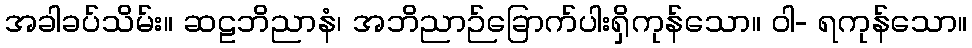
အခါခပ်သိမ်း။ ဆဠဘိညာနံ၊ အဘိညာဉ်ခြောက်ပါးရှိကုန်သော။ ဝါ- ရကုန်သော။